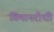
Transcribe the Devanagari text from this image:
विमानरोधी